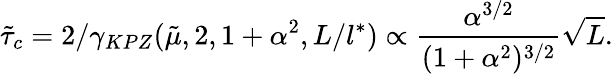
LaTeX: \tilde{\tau}_{c}=2/\gamma_{KPZ}(\tilde{\mu},2,1+\alpha^{2},L/l^{*})\propto\frac{\alpha^{3/2}}{(1+\alpha^{2})^{3/2}}\sqrt{{L}}.